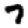
Digit: 7